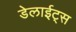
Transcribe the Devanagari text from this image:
डेलाईट्स